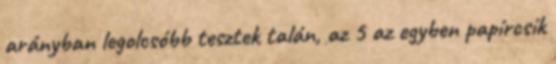
arányban legolcsóbb tesztek talán, az 5 az egyben papírcsík